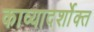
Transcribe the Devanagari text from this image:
काव्यादर्शोक्त